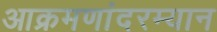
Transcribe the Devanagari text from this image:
आक्रमणांदरम्यान